Indian journal of veterinary science and animal husbandry - Volume 9,
Year: 1939
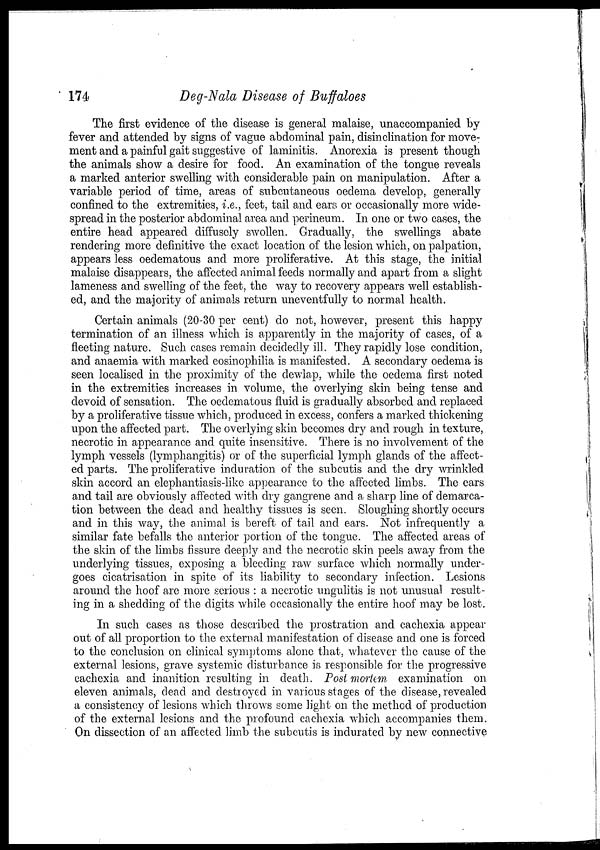
174
Deg-Nala Disease of Buffaloes
The first evidence of the disease is general malaise, unaccompanied by
fever and attended by signs of vague abdominal pain, disinclination for move-
ment and a painful gait suggestive of laminitis. Anorexia is present though
the animals show a desire for food. An examination of the tongue reveals
a marked anterior swelling with considerable pain on manipulation. After a
variable period of time, areas of subcutaneous oedema develop, generally
confined to the extremities, i.e., feet, tail and ears or occasionally more wide-
spread in the posterior abdominal area and perineum. In one or two cases, the
entire head appeared diffusely swollen. Gradually, the swellings abate
rendering more definitive the exact location of the lesion which, on palpation,
appears less oedematous and more proliferative. At this stage, the initial
malaise disappears, the affected animal feeds normally and apart from a slight
lameness and swelling of the feet, the way to recovery appears well establish-
ed, and the majority of animals return uneventfully to normal health.
Certain animals (20-30 per cent) do not, however, present this happy
termination of an illness which is apparently in the majority of cases, of a
fleeting nature. Such cases remain decidedly ill. They rapidly lose condition,
and anaemia with marked eosinophilia is manifested. A secondary oedema is
seen localised in the proximity of the dewlap, while the oedema first noted
in the extremities increases in volume, the overlying skin being tense and
devoid of sensation. The oedematous fluid is gradually absorbed and replaced
by a proliferative tissue which, produced in excess, confers a marked thickening
upon the affected part. The overlying skin becomes dry and rough in texture,
necrotic in appearance and quite insensitive. There is no involvement of the
lymph vessels (lymphangitis) or of the superficial lymph glands of the affect-
ed parts. The proliferative induration of the subcutis and the dry wrinkled
skin accord an elephantiasis-like appearance to the affected limbs. The ears
and tail are obviously affected with dry gangrene and a sharp line of demarca-
tion between the dead and healthy tissues is seen. Sloughing shortly occurs
and in this way, the animal is bereft of tail and ears. Not infrequently a
similar fate befalls the anterior portion of the tongue. The affected areas of
the skin of the limbs fissure deeply and the necrotic skin peels away from the
underlying tissues, exposing a bleeding raw surface which normally under-
goes cicatrisation in spite of its liability to secondary infection. Lesions
around the hoof are more serious : a necrotic ungulitis is not unusual result-
ing in a shedding of the digits while occasionally the entire hoof may be lost.
In such cases as those described the prostration and cachexia appear
out of all proportion to the external manifestation of disease and one is forced
to the conclusion on clinical symptoms alone that, whatever the cause of the
external lesions, grave systemic disturbance is responsible for the progressive
cachexia and inanition resulting in death. Post mortem examination on
eleven animals, dead and destroyed in various stages of the disease, revealed
a consistency of lesions which throws some light on the method of production
of the external lesions and the profound cachexia which accompanies them.
On dissection of an affected limb the subcutis is indurated by new connective